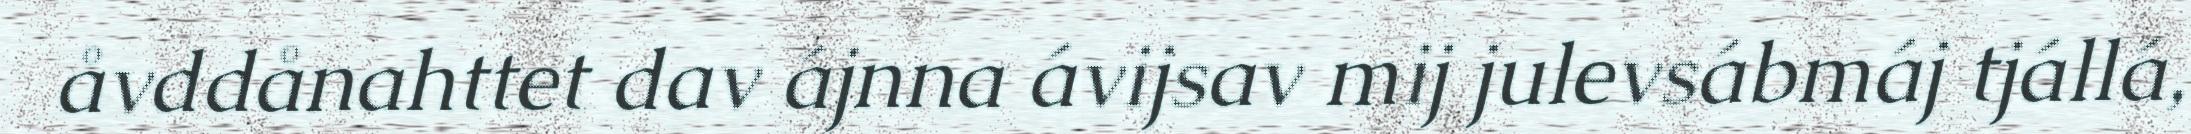
åvddånahttet dav ájnna ávijsav mij julevsábmáj tjállá,